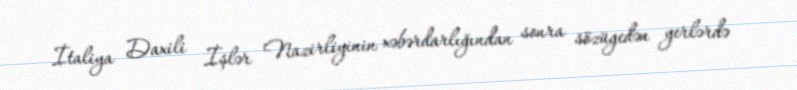
İtaliya Daxili İşlər Nazirliyinin xəbərdarlığından sonra sözügedən yerlərdə